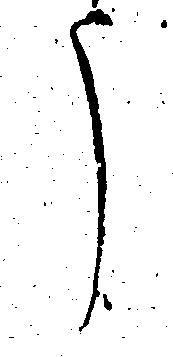
う